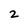
Character: 2